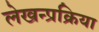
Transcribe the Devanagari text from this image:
लेखन्प्रक्रिया